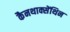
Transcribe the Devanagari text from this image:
कैनथाक्सेंथिन